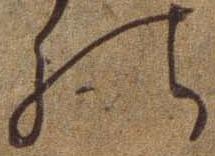
の